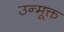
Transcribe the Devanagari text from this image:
उन्मूक्त